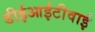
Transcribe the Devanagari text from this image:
डीईआईटीवाई